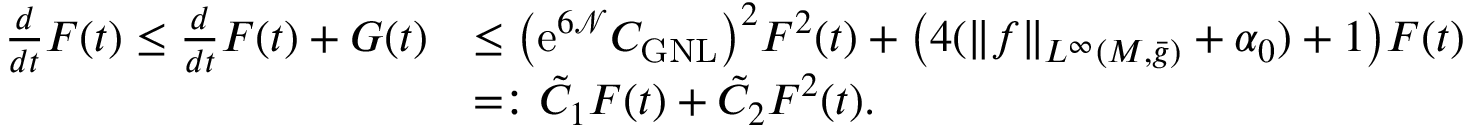
\begin{array} { r l } { \frac { d } { d t } F ( t ) \le \frac { d } { d t } F ( t ) + G ( t ) } & { \le \bigl ( \mathrm { e } ^ { 6 \mathcal { N } } C _ { \mathrm { G N L } } \bigr ) ^ { 2 } F ^ { 2 } ( t ) + \bigl ( 4 ( \| f \| _ { L ^ { \infty } ( M , \bar { g } ) } + \alpha _ { 0 } ) + 1 \bigr ) F ( t ) } \\ & { = : \tilde { C } _ { 1 } F ( t ) + \tilde { C } _ { 2 } F ^ { 2 } ( t ) . } \end{array}